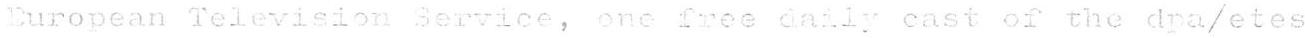
European Television Service, one free daily cast of the dpa/etes